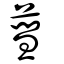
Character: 蔧